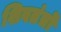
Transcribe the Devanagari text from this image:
शिवतंत्रों